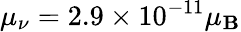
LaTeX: \mu_{\nu}=2.9\times10^{-11}\mu_{\mathbf{B}}